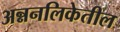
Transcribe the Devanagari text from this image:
अन्ननलिकेतील